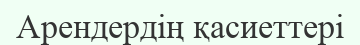
Арендердің қасиеттері